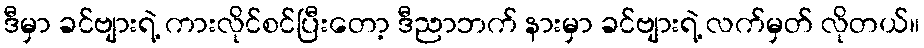
ဒီမှာ ခင်ဗျားရဲ့ ကားလိုင်စင်ပြီးတော့ ဒီညာဘက် နားမှာ ခင်ဗျားရဲ့ လက်မှတ် လိုတယ်။